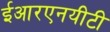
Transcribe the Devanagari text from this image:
ईआरएनयीटी